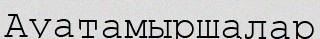
Ауатамыршалар